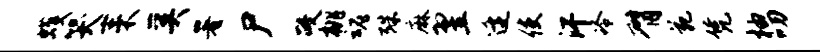
蠖哭耒奚署尸政桃魂殊麻翌逄使汗冷臂苑凭柚叨